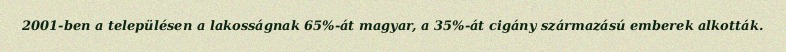
2001-ben a településen a lakosságnak 65%-át magyar, a 35%-át cigány származású emberek alkották.